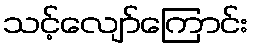
သင့်လျော်ကြောင်း